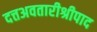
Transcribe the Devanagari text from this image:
दत्तअवतारीश्रीपाद